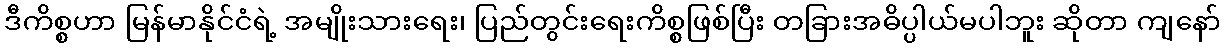
ဒီကိစ္စဟာ မြန်မာနိုင်ငံရဲ့ အမျိုးသားရေး၊ ပြည်တွင်းရေးကိစ္စဖြစ်ပြီး တခြားအဓိပ္ပါယ်မပါဘူး ဆိုတာ ကျနော်